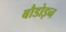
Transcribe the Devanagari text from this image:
बौडोइन